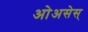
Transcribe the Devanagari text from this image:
ओअसेस्